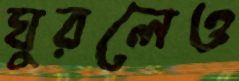
ঘুরলেও